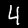
Label: 4